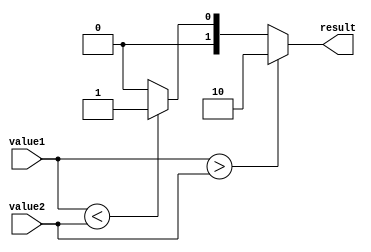
module Comparator (
    input [7:0] value1,
    input [7:0] value2,
    output reg [1:0] result
);

always @ (value1 or value2)
begin
    if (value1 > value2)
        result = 2'b10; // value1 is greater than value2
    else if (value1 < value2)
        result = 2'b01; // value1 is less than value2
    else
        result = 2'b00; // value1 is equal to value2
end

endmodule